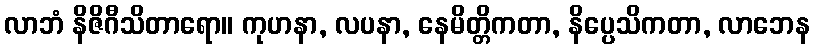
လာဘံ နိဇိဂီသိတာရော။ ကုဟနာ, လပနာ, နေမိတ္တိကတာ, နိပ္ပေသိကတာ, လာဘေန